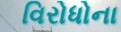
વિરોધોના